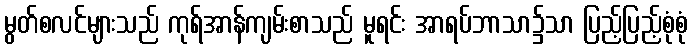
မွတ်စလင်များသည် ကုရ်အာန်ကျမ်းစာသည် မူရင်း အာရပ်ဘာသာ၌သာ ပြည့်ပြည့်စုံစုံ